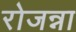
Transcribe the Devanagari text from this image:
रोजन्ना